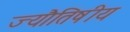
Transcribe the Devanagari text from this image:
ज्यौतिषीय